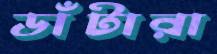
ডাঁটারা